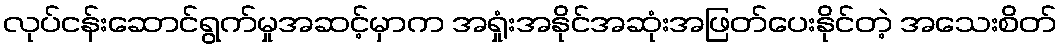
လုပ်ငန်းဆောင်ရွက်မှုအဆင့်မှာက အရှုံးအနိုင်အဆုံးအဖြတ်ပေးနိုင်တဲ့ အသေးစိတ်